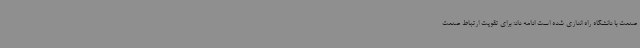
صنعت با دانشگاه راه اندازی شده است ادامه داد: برای تقویت ارتباط صنعت